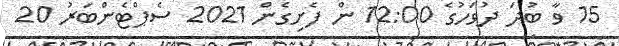
15 ވާ ބުދަ ދުވަހުގެ 12:00 ން ފެށިގެން 2021 ސެޕްޓެންބަރު 20